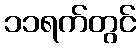
၁၁ရက်တွင်